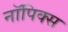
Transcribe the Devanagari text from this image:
नॉपिक्स